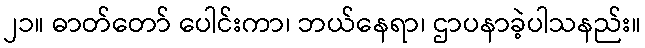
၂၁။ ဓာတ်တော် ပေါင်းကာ၊ ဘယ်နေရာ၊ ဌာပနာခဲ့ပါသနည်း။